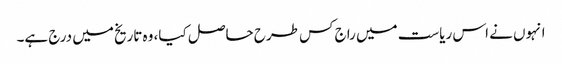
انہوں نے اس ریاست میں راج کس طرح حاصل کیا، وہ تاریخ میں درج ہے۔